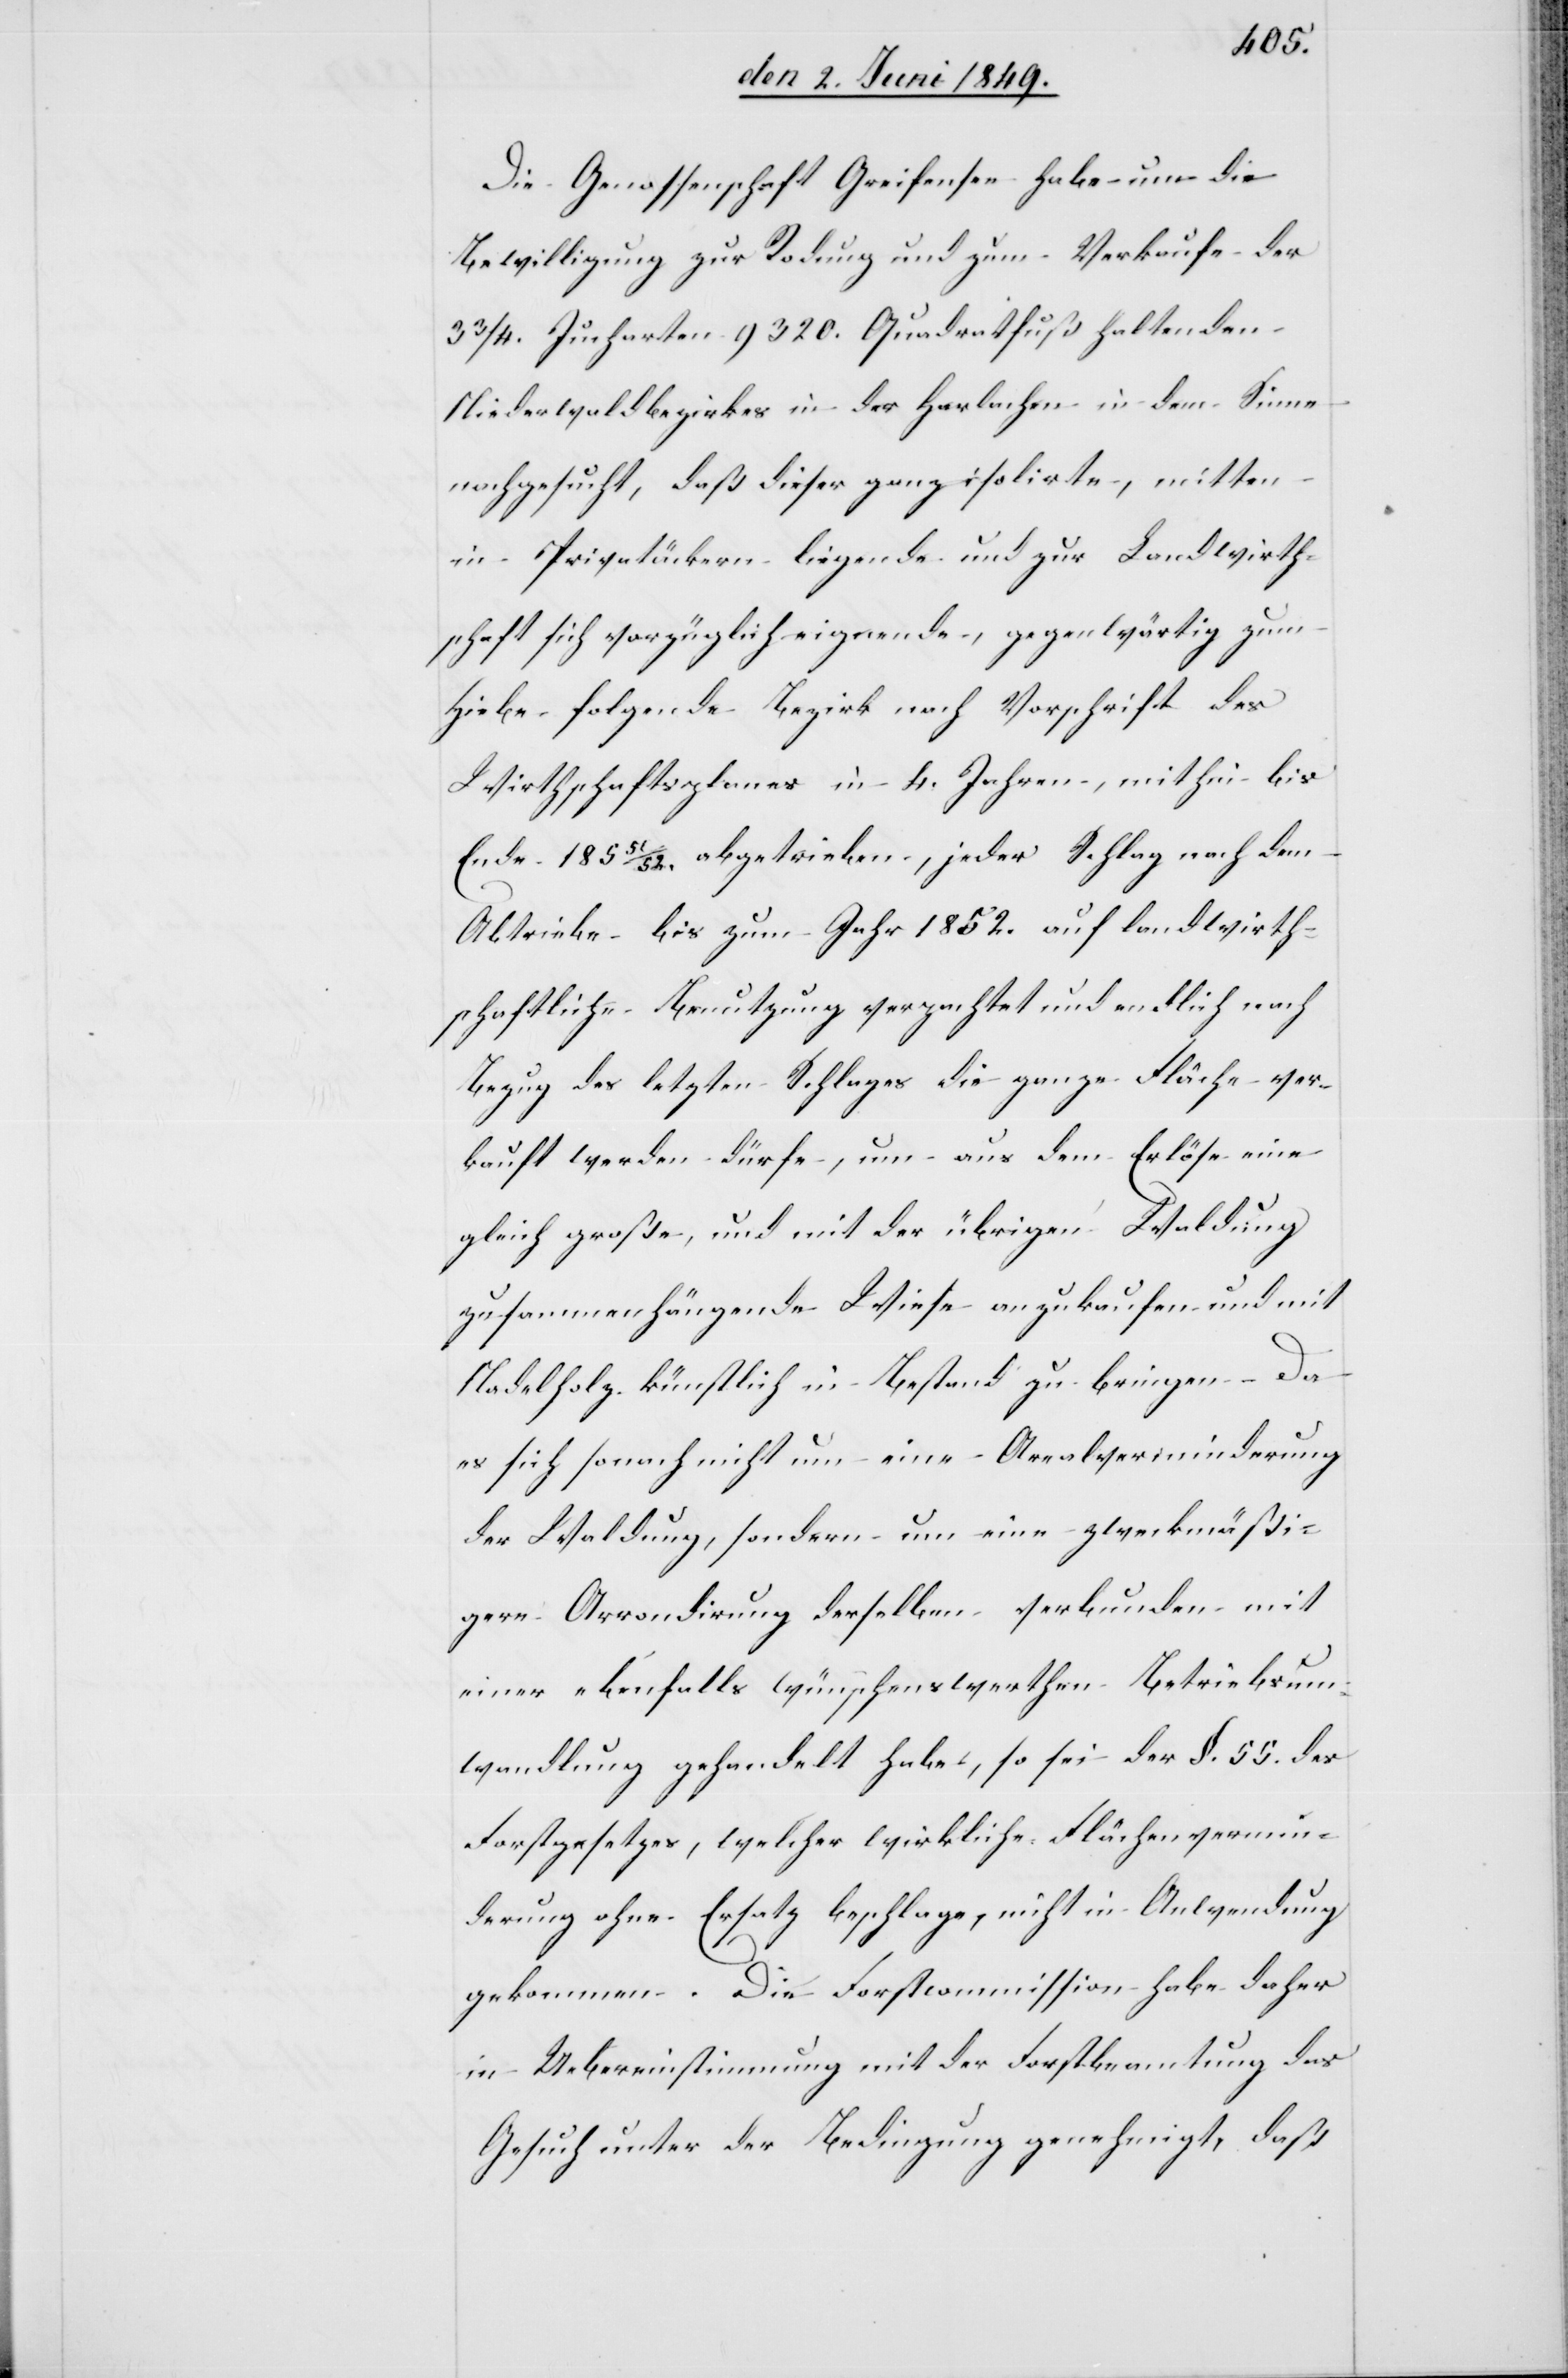
Die Genossenschaft Greifensee habe um die
Bewilligung zur Rodung und zum Verkaufe der
33/4. Jucharten 9 320. Quadratfuß haltenden
Niederwaldbezirkes in der Harlachen in dem Sinne
nachgesucht, daß dieser ganz isolirte, mitten
in Privatäckern liegende und zur Landwirth¬
schaft sich vorzüglich eignende, gegenwärtig zum
Hiebe folgende Bezirk nach Vorschrift des
Wirthschaftsplanes in 4. Jahren, mithin bis
Ende 185 51/52. abgetrieben, jeder Schlag nach dem
Abtriebe bis zum Jahr 1852. auf landwirth¬
schaftliche Benutzung verpachtet und endlich nach
Bezug des letzten Schlages die ganze Fläche ver¬
kauft werden dürfe, um aus dem Erlöse eine
gleich große, und mit der übrigen Waldung
zusammenhängende Wiese anzukaufen und mit
Nadelholz künstlich in Bestand zu bringen. Da
es sich sonach nicht um eine Arealverminderung
der Waldung, sondern um eine zweckmäßi¬
gere Arrondirung derselben verbunden mit
einer ebenfalls wünschenswerthen Betriebsum¬
wandlung gehandelt habe, so sei der §. 55. des
Forstgesetzes, welcher wirkliche Flächenvermin¬
derung ohne Ersatz beschlage, nicht in Anwendung
gekommen. Die Forstcommission habe daher
in Uebereinstimmung mit der Forstbeamtung das
Gesuch unter der Bedingung genehmigt, daß